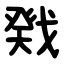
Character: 戣